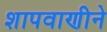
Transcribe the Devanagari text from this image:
शापवाणीने